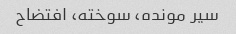
سیر مونده، سوخته، افتضاح